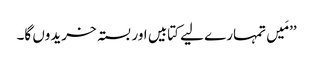
’’مَیں تمہارے لیے کتابیں اور بستہ خریدوں گا۔